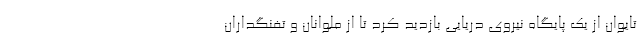
تایوان از یک پایگاه نیروی دریایی بازدید کرد تا از ملوانان و تفنگداران